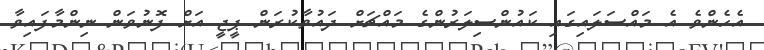
އެހެންވެ އެ މައްސަލައިގައި ކައުންސިލަރުންގެ މައްޗަށް ދައުވާކުރަން ޕީޖީ އަށް ފޮނުވަން ނިންމާފައިވާ